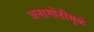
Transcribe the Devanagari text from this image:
अनागोंदीमुळे